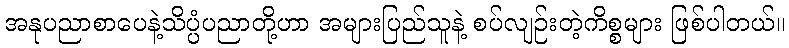
အနုပညာစာပေနဲ့သိပ္ပံပညာတို့ဟာ အများပြည်သူနဲ့ စပ်လျဉ်းတဲ့ကိစ္စများ ဖြစ်ပါတယ်။